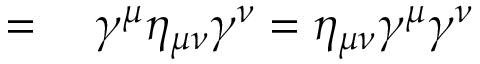
\begin{array} { r l } { = { } } & { { } \gamma ^ { \mu } \eta _ { \mu \nu } \gamma ^ { \nu } = \eta _ { \mu \nu } \gamma ^ { \mu } \gamma ^ { \nu } } \end{array}